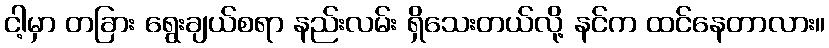
ငါ့မှာ တခြား ရွေးချယ်စရာ နည်းလမ်း ရှိသေးတယ်လို့ နင်က ထင်နေတာလား။